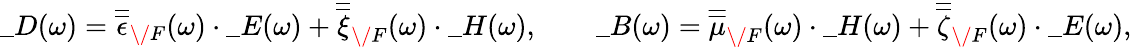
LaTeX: \_ D(\omega)=\overline{{\overline{{\epsilon}}}}_{\/ F}(\omega)\cdot\_ E(\omega)+\overline{{\overline{{\xi}}}}_{\/ F}(\omega)\cdot\_ H(\omega),\qquad\_ B(\omega)=\overline{{\overline{{\mu}}}}_{\/ F}(\omega)\cdot\_ H(\omega)+\overline{{\overline{{\zeta}}}}_{\/ F}(\omega)\cdot\_ E(\omega),